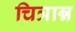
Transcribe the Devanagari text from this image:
चित्रान्न